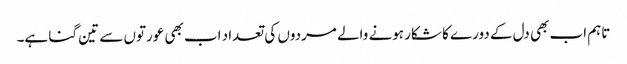
تاہم اب بھی دل کے دورے کا شکار ہونے والے مردوں کی تعداد اب بھی عورتوں سے تین گنا ہے۔